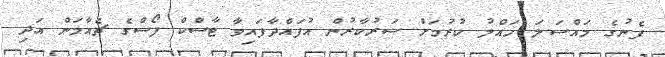
ފެނުގެ މައްސަލަ ހައްލު ކުރުމަށް ސަރުކާރުން އުފައްދާފައިވާ ޓާސްކް ފޯސްގެ ޗެއާމަން އަދި